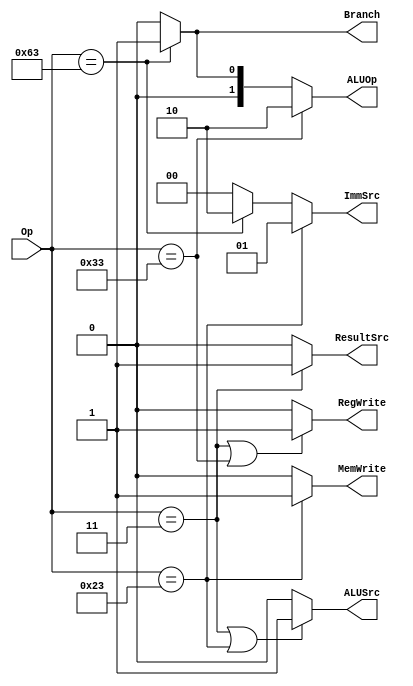
// Copyright 2023 MERL-DSU

//    Licensed under the Apache License, Version 2.0 (the "License");
//    you may not use this file except in compliance with the License.
//    You may obtain a copy of the License at

//        http://www.apache.org/licenses/LICENSE-2.0

//    Unless required by applicable law or agreed to in writing, software
//    distributed under the License is distributed on an "AS IS" BASIS,
//    WITHOUT WARRANTIES OR CONDITIONS OF ANY KIND, either express or implied.
//    See the License for the specific language governing permissions and
//    limitations under the License.

module Main_Decoder(Op,RegWrite,ImmSrc,ALUSrc,MemWrite,ResultSrc,Branch,ALUOp);
    input [6:0]Op;
    output RegWrite,ALUSrc,MemWrite,ResultSrc,Branch;
    output [1:0]ImmSrc,ALUOp;

    assign RegWrite = (Op == 7'b0000011 | Op == 7'b0110011) ? 1'b1 :
                                                              1'b0 ;
    assign ImmSrc = (Op == 7'b0100011) ? 2'b01 : 
                    (Op == 7'b1100011) ? 2'b10 :    
                                         2'b00 ;
    assign ALUSrc = (Op == 7'b0000011 | Op == 7'b0100011) ? 1'b1 :
                                                            1'b0 ;
    assign MemWrite = (Op == 7'b0100011) ? 1'b1 :
                                           1'b0 ;
    assign ResultSrc = (Op == 7'b0000011) ? 1'b1 :
                                            1'b0 ;
    assign Branch = (Op == 7'b1100011) ? 1'b1 :
                                         1'b0 ;
    assign ALUOp = (Op == 7'b0110011) ? 2'b10 :
                   (Op == 7'b1100011) ? 2'b01 :
                                        2'b00 ;

endmodule